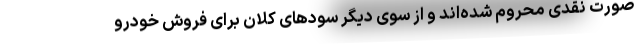
صورت نقدی محروم شده‌اند و از سوی دیگر سودهای کلان برای فروش خودرو